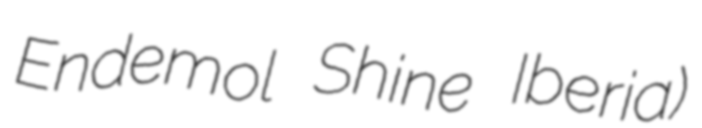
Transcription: Endemol Shine Iberia)